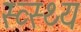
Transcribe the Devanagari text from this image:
स्व्स्थ्य